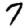
Digit: 7